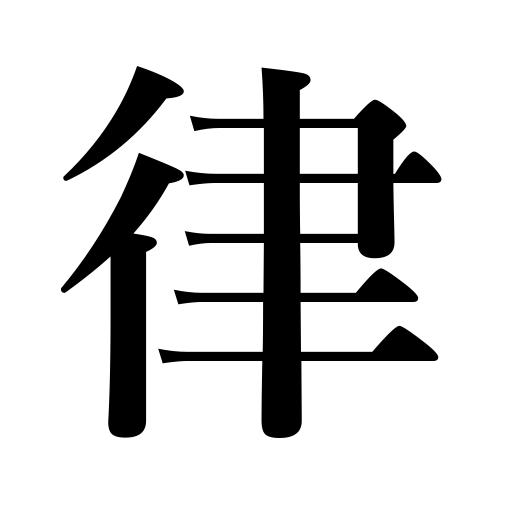
Meanings: Buddhist sect originating in the eighth century,rhythm,regulation,law